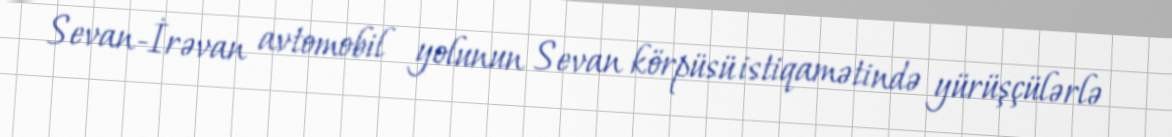
Sevan-İrəvan avtomobil yolunun Sevan körpüsü istiqamətində yürüşçülərlə